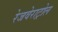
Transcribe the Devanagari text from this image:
रेजवेराट्रोल